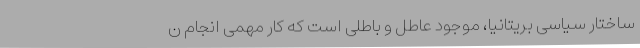
ساختار سیاسی بریتانیا، موجود عاطل و باطلی است که کار مهمی انجام ن